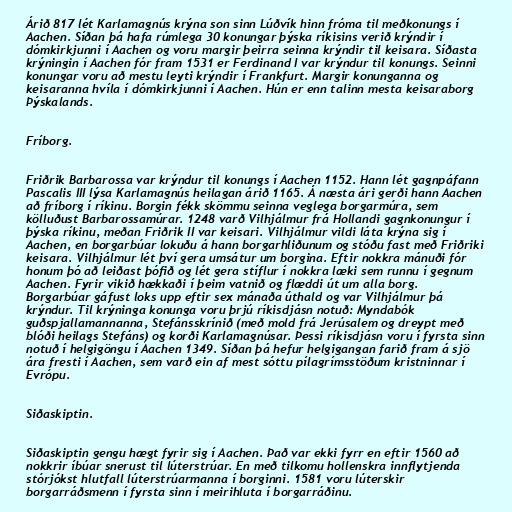
Árið 817 lét Karlamagnús krýna son sinn Lúðvík hinn fróma til meðkonungs í
Aachen. Síðan þá hafa rúmlega 30 konungar þýska ríkisins verið krýndir í
dómkirkjunni í Aachen og voru margir þeirra seinna krýndir til keisara. Síðasta
krýningin í Aachen fór fram 1531 er Ferdinand I var krýndur til konungs. Seinni
konungar voru að mestu leyti krýndir í Frankfurt. Margir konunganna og
keisaranna hvíla í dómkirkjunni í Aachen. Hún er enn talinn mesta keisaraborg
Þýskalands.

Fríborg.

Friðrik Barbarossa var krýndur til konungs í Aachen 1152. Hann lét gagnpáfann
Pascalis III lýsa Karlamagnús heilagan árið 1165. Á næsta ári gerði hann Aachen
að fríborg í ríkinu. Borgin fékk skömmu seinna veglega borgarmúra, sem
kölluðust Barbarossamúrar. 1248 varð Vilhjálmur frá Hollandi gagnkonungur í
þýska ríkinu, meðan Friðrik II var keisari. Vilhjálmur vildi láta krýna sig í
Aachen, en borgarbúar lokuðu á hann borgarhliðunum og stóðu fast með Friðriki
keisara. Vilhjálmur lét því gera umsátur um borgina. Eftir nokkra mánuði fór
honum þó að leiðast þófið og lét gera stíflur í nokkra læki sem runnu í gegnum
Aachen. Fyrir vikið hækkaði í þeim vatnið og flæddi út um alla borg.
Borgarbúar gáfust loks upp eftir sex mánaða úthald og var Vilhjálmur þá
krýndur. Til krýninga konunga voru þrjú ríkisdjásn notuð: Myndabók
guðspjallamannanna, Stefánsskrínið (með mold frá Jerúsalem og dreypt með
blóði heilags Stefáns) og korði Karlamagnúsar. Þessi ríkisdjásn voru í fyrsta sinn
notuð í helgigöngu í Aachen 1349. Síðan þá hefur helgigangan farið fram á sjö
ára fresti í Aachen, sem varð ein af mest sóttu pílagrímsstöðum kristninnar í
Evrópu.

Siðaskiptin.

Siðaskiptin gengu hægt fyrir sig í Aachen. Það var ekki fyrr en eftir 1560 að
nokkrir íbúar snerust til lúterstrúar. En með tilkomu hollenskra innflytjenda
stórjókst hlutfall lúterstrúarmanna í borginni. 1581 voru lúterskir
borgarráðsmenn í fyrsta sinn í meirihluta í borgarráðinu.